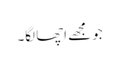
جو مجھے اچھا لگا۔